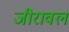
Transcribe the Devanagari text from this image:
जीरावल